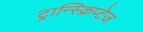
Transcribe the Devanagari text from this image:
ट्रान्स्क्रिप्टेज